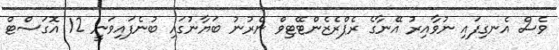
ވެސް އެނގިފައި ނުވާއިރު އޭނާގެ ރެޕްރެޒެންޓޭޓިވް ނެރުނު ބަޔާނުގައި ބުނެފައިވަނީ 12 އޮގަސްޓް